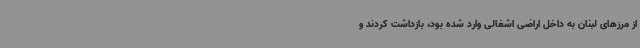
از مرزهای لبنان به داخل اراضی اشغالی وارد شده بود، بازداشت کردند و